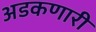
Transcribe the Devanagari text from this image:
अडकणारी